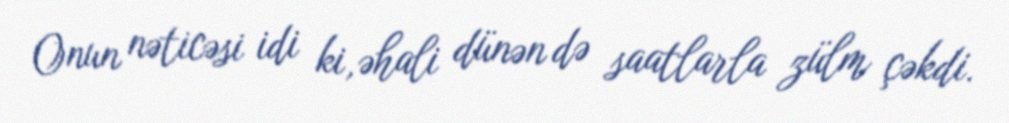
Onun nəticəsi idi ki, əhali dünən də saatlarla zülm çəkdi.